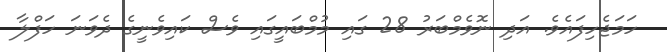
ހަމަޖެހިފައެވެ. އަދި ނޮވެމްބަރު 28 ގައި މުމްބައީގައި ވެސް ކައިވެނީގެ ދެވަނަ ހަފްލާ